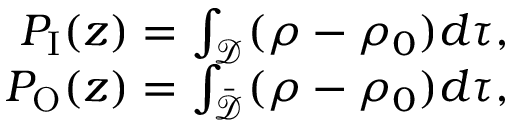
\begin{array} { r } { P _ { \mathrm { I } } ( z ) = \int _ { \mathcal D } ( \rho - \rho _ { 0 } ) d \tau , } \\ { P _ { \mathrm { O } } ( z ) = \int _ { \bar { \mathcal D } } ( \rho - \rho _ { 0 } ) d \tau , } \end{array}